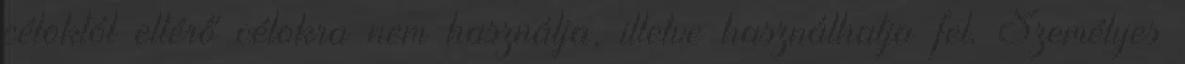
céloktól eltérő célokra nem használja, illetve használhatja fel. Személyes